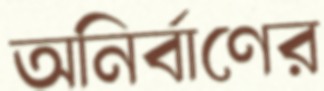
অনির্বাণের